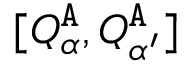
[ Q _ { \alpha } ^ { \tt A } , Q _ { \alpha ^ { \prime } } ^ { \tt A } ]